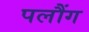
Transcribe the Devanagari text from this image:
पलौंग